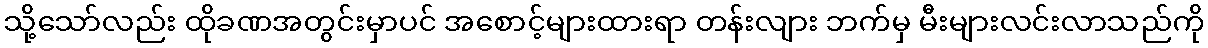
သို့သော်လည်း ထိုခဏအတွင်းမှာပင် အစောင့်များထားရာ တန်းလျား ဘက်မှ မီးများလင်းလာသည်ကို